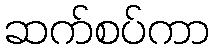
ဆက်စပ်ကာ